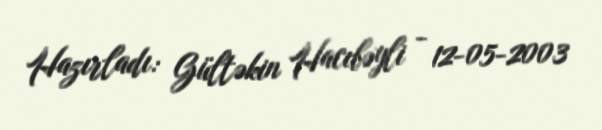
Hazırladı: Gültəkin Hacıbəyli - 12-05-2003